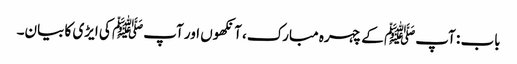
باب : آپﷺ کے چہرہ مبارک، آنکھوں اور آپﷺ کی ایڑی کا بیان۔